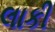
લાકી